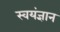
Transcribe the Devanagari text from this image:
स्वयंज्ञान